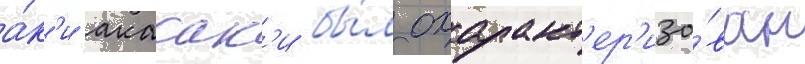
а́к'и акасак'и бы́л охаракт'ер'изо́ван